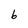
Character: 6